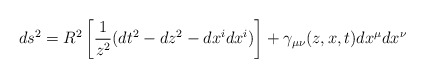
\begin{align*}ds^2=R^2\left[{1\over z^2}(dt^2 - dz^2 - dx^i dx^i) \right]+ \gamma_{\mu \nu}(z,x,t)dx^{\mu}dx^{\nu}\end{align*}